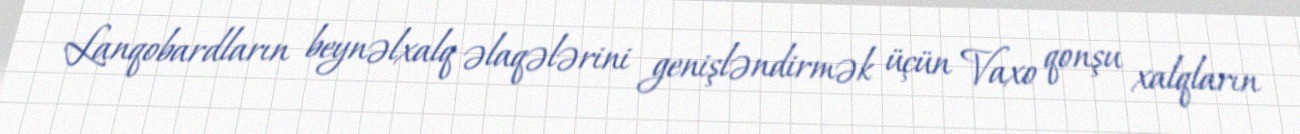
Lanqobardların beynəlxalq əlaqələrini genişləndirmək üçün Vaxo qonşu xalqların